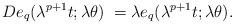
LaTeX: \begin{align*}D e_{q}(\lambda^{p+1}t;\lambda \theta)\; =\lambda e_{q}(\lambda^{p+1}t;\lambda \theta).\end{align*}